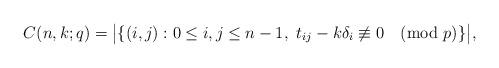
LaTeX: \begin{align*}C(n,k;q)=\bigl|\{(i,j): 0\le i,j\le n-1,\ t_{ij}-k\delta_i\not\equiv 0\pmod p\}\bigr|,\end{align*}